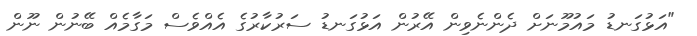
"އަޅުގަނޑު މައުމޫނަށް ދެންނެވިން އޭރުން އަޅުގަނޑު ސަރުކާރުގެ އެއްވެސް މަގާމެއް ބޭނުން ނޫން